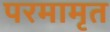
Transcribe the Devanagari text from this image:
परमामृत